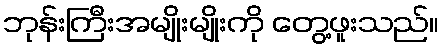
ဘုန်းကြီးအမျိုးမျိုးကို တွေ့ဖူးသည်။